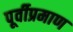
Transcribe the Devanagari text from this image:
पूर्वीप्रमाण